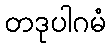
တဒုပါဂမံ